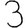
Digit: 3